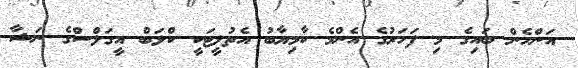
އަންހެން ބައިގެ މި ފަހަރުގެ އެންމެ ކާމިޔާބު އެތުލީޓަކީ ކްލަބް އީގަލްސްގެ ނަޝާ